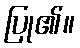
ပြု၏။